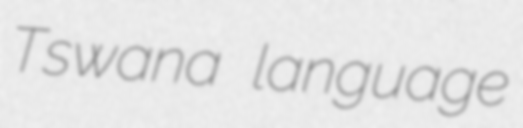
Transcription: Tswana language